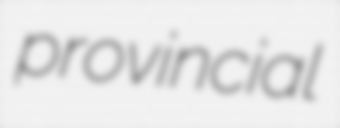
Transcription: provincial